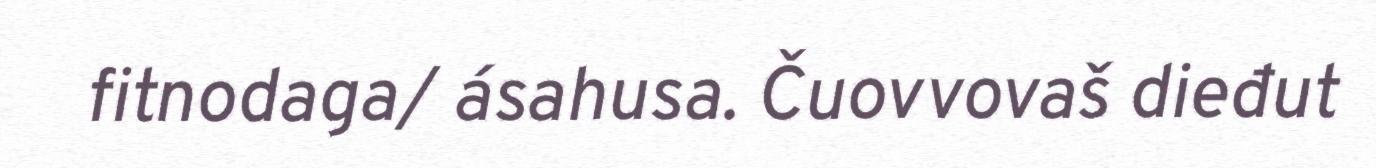
fitnodaga/ ásahusa. Čuovvovaš dieđut